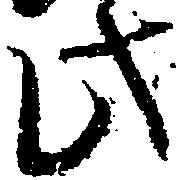
此